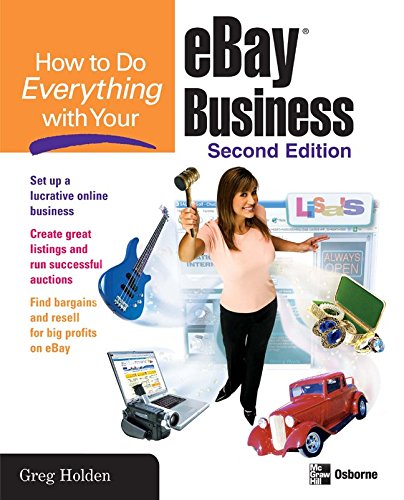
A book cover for How to Do Everything with Your eBay Business, Second Edition; Greg Holden; Computers & Technology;